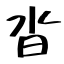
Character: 沓